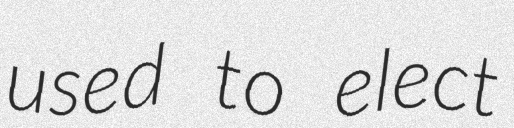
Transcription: used to elect